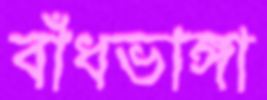
বাঁধভাঙ্গা